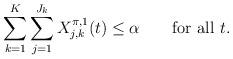
LaTeX: \begin{align*} \sum_{k=1}^K \sum_{j=1}^{J_k} X_{j,k}^{\pi,1}(t) \leq\alpha \qquad\mbox {for all } t.\end{align*}